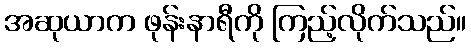
အဆုယာက ဖုန်းနာရီကို ကြည့်လိုက်သည်။